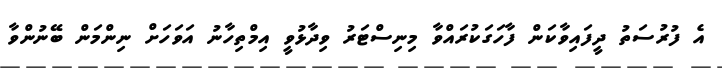
އެ ފުރުސަތު ދީފައިވާކަން ފާހަގަކުރައްވާ މިނިސްޓަރު ވިދާޅުވީ އިމްތިހާނު އަވަހަށް ނިންމަން ބޭނުންވާ